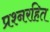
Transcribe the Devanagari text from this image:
प्रश्नरहित